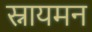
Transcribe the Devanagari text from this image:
स्नायमन